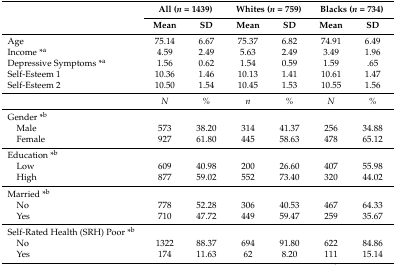
| <ROWSPAN=2>  | <COLSPAN=2> All (n = 1439) | <COLSPAN=2> Whites (n = 759) | <COLSPAN=2> Blacks (n = 734) |
 | Mean | SD | Mean | SD | Mean | SD |
 | --- | --- | --- | --- | --- | --- | --- |
 | Age | 75.14 | 6.67 | 75.37 | 6.82 | 74.91 | 6.49 |
 | Income *a | 4.59 | 2.49 | 5.63 | 2.49 | 3.49 | 1.96 |
 | Depressive Symptoms *a | 1.56 | 0.62 | 1.54 | 0.59 | 1.59 | .65 |
 | Self-Esteem 1 | 10.36 | 1.46 | 10.13 | 1.41 | 10.61 | 1.47 |
 | Self-Esteem 2 | 10.50 | 1.54 | 10.45 | 1.53 | 10.55 | 1.56 |
 |  | N | % | n | % | N | % |
 | Gender *b |  |  |  |  |  |  |
 | Male | 573 | 38.20 | 314 | 41.37 | 256 | 34.88 |
 | Female | 927 | 61.80 | 445 | 58.63 | 478 | 65.12 |
 | Education *b |  |  |  |  |  |  |
 | Low | 609 | 40.98 | 200 | 26.60 | 407 | 55.98 |
 | High | 877 | 59.02 | 552 | 73.40 | 320 | 44.02 |
 | Married *b |  |  |  |  |  |  |
 | No | 778 | 52.28 | 306 | 40.53 | 467 | 64.33 |
 | Yes | 710 | 47.72 | 449 | 59.47 | 259 | 35.67 |
 | Self-Rated Health (SRH) Poor *b |  |  |  |  |  |  |
 | No | 1322 | 88.37 | 694 | 91.80 | 622 | 84.86 |
 | Yes | 174 | 11.63 | 62 | 8.20 | 111 | 15.14 |